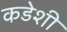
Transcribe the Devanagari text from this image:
कडेशी